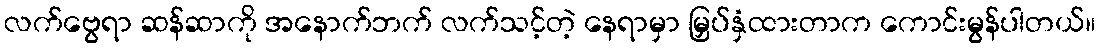
လက်ဗွေရာ ဆန်ဆာကို အနောက်ဘက် လက်သင့်တဲ့ နေရာမှာ မြှပ်နှံထားတာက ကောင်းမွန်ပါတယ်။